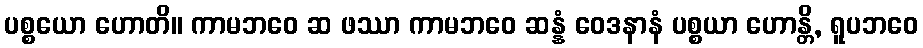
ပစ္စယော ဟောတိ။ ကာမဘဝေ ဆ ဖဿာ ကာမဘဝေ ဆန္နံ ဝေဒနာနံ ပစ္စယာ ဟောန္တိ, ရူပဘဝေ